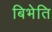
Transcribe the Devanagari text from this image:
बिभेति